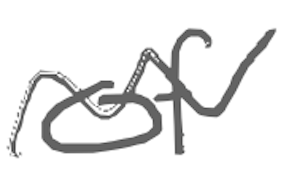
Text: of
Cross-out: wave
Writing tool: digital_gray